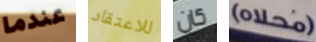
عندما للاعتقاد كان (محلاه)